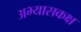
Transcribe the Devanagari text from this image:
अभ्यासकक्ष